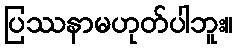
ပြဿနာမဟုတ်ပါဘူး။